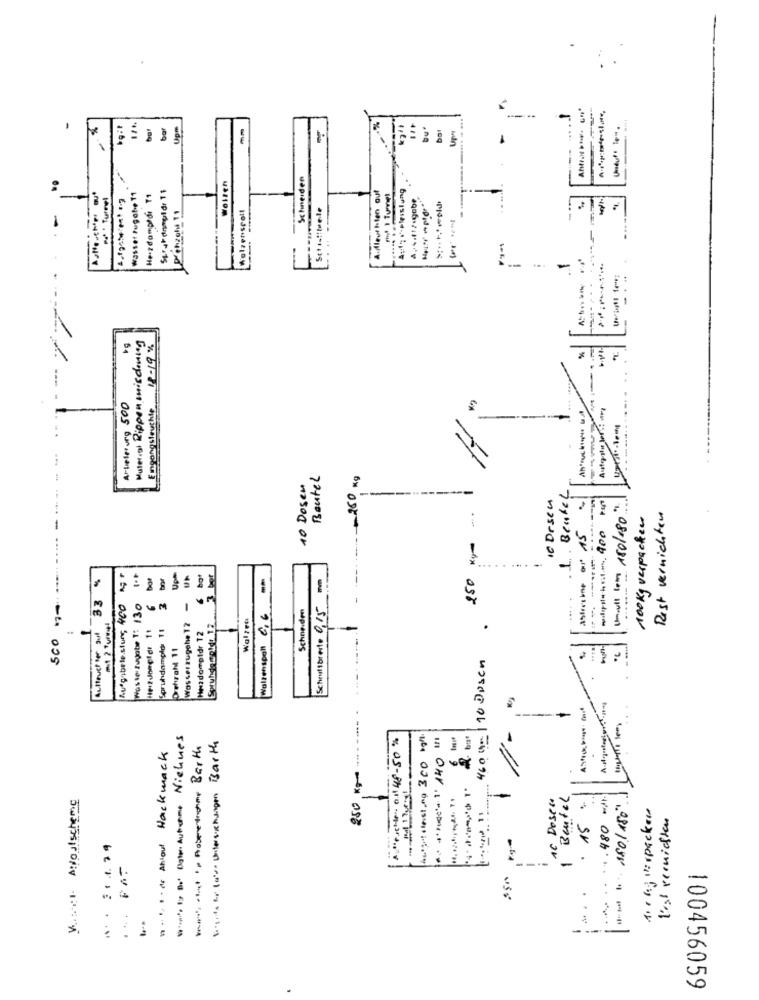
bat
Upm
mm
-
Undul: le -.
Schneiden
Spr ut dampfdr 15
Wollen
A.dlleut hlen out
Wasset Fugate 11
He-zdampfdi T1
find I Tunnel
Å,%.tt/ugobe
Walzenspott
Set istiteele
-
----
-
= 1
Material Rippen misdoning
18-19%
Arbetesurg 500
Engangstouchle
---
10 Dosen
Beutel
-
IC Drset
. L .. . Beafel
+++++++. 400 Put
...
Umaull Tem 180/180
100 Kg verpacken
Rest vernichten
......
------
33 %
bor
250
SCO "-
..
Ausgabele stung 400
Waste zugabe 1: 130
3
-
Waltenspall 6.6
Schneiden
Scheutbreite 0,15
Waltri
Auffeuch ter Jul
Soruhdamplo 11
Wasserzugohe 17
Herzdomptdr 12
Sprundercold: 12
..
Drehzahl 11
460Um|10 Dosen
W.w. 12 Bot Ogler Autohme Nichnes
Sotto or later Untersuchungen Barth
hotpot leistung 300 sont.
1. 4' Dudc= 1' 140 11
but
19 . 1. 1 . de Ahigul Hackwack
www. auto Roberthome Barth
250 Kg
V ..... Apostscheme
-
16 Doseu
Beutel
15 %
*** ** **. 480 **
Aochy verpacken
l'est vemidten
15
---
1
.
-
.
2 .
----
100456059